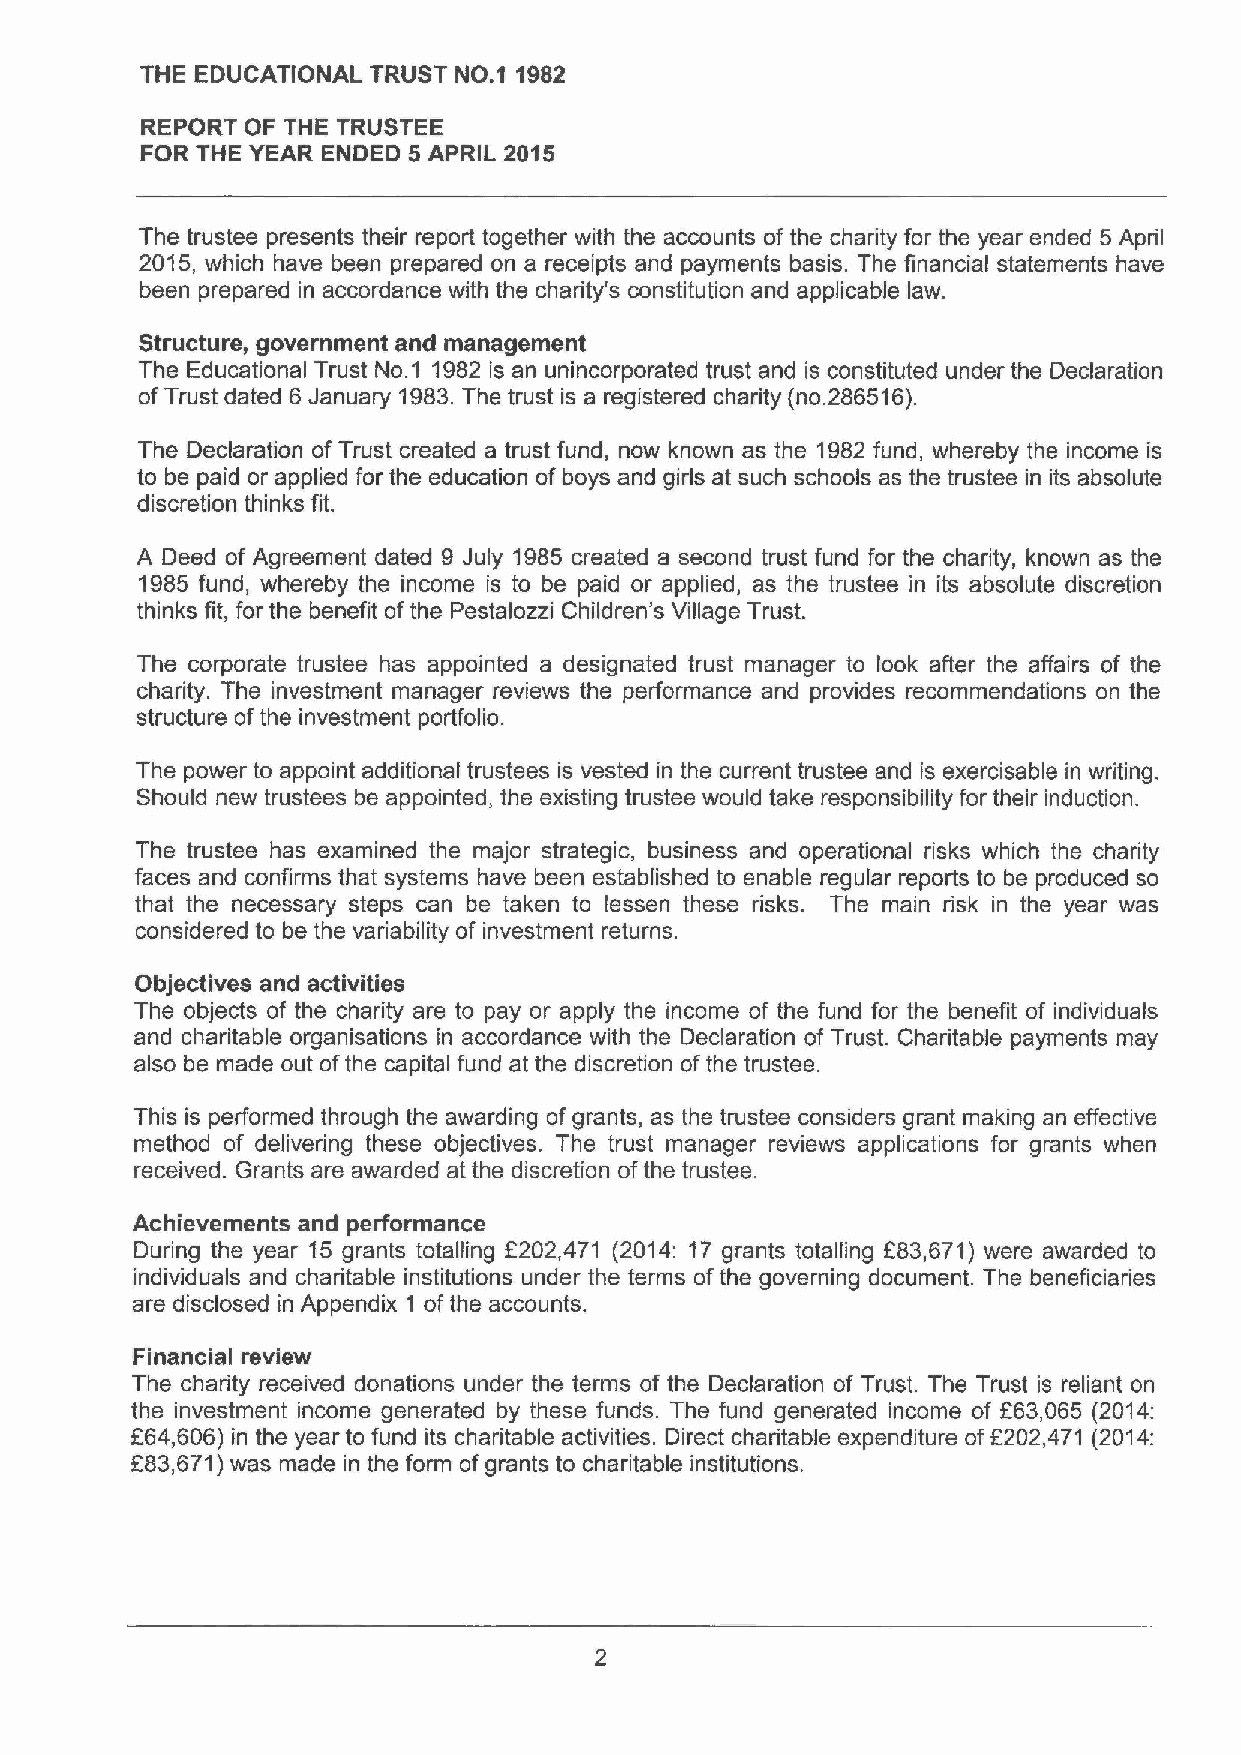
THE EDUCATIONAL TRUST NO.1 1982
 REPORT OF THE TRUSTEE
 FOR THE YEAR ENDED 5 APRIL 2015
 The trustee presents their report together with the accounts of the charity for the year ended 5 April
 2015, which have been prepared on a receipts and payments basis. The financial statements have
 been prepared in accordance with the charity's constitution and applicable law.
 Structure, government and management
 The Educational Trust No.1 1982 is an unincorporated trust and is constituted under the Declaration
 ofTrust dated 6 January 1983.The trust is a registered charity (no.286516).
 The Declaration of Trust created a trust fund, now known as the 1982 fund, whereby the income is
 to be paid or applied for the education of boys and girls at such schools as the trustee in its absolute
 discretion thinks fit.
 A Deed of Agreement dated 9 July 1985 created a second trust fund for the charity, known as the
 1985 fund, whereby the income is to be paid or applied, as the trustee in its absolute discretion
 thinks fit, for the benefit of the Pestalozzi Children's Village Trust.
 The corporate trustee has appointed a designated trust manager to look after the affairs of the
 charity. The investment manager reviews the performance and provides recommendations on the
 structure ofthe investment porffolio.
 The power to appoint additional trustees is vested in the current trustee and is exercisable in writing.
 Should new trustees be appointed, the existing trustee would take responsibility for their induction.
 The trustee has examined the major strategic, business and operational risks which the charity
 faces and confirms that systems have been established to enable regular reports to be produced so
 that the necessary steps can be taken to lessen these risks. The main risk in the year was
 considered to be the variability of investment returns.
 Objectives and activities
 The objects of the charity are to pay or apply the income of the fund for the benefit of individuals
 and charitable organisations in accordance with the Declaration of Trust. Charitable payments may
 also be made out ofthe capital fund at the discretion ofthe trustee.
 This is performed through the awarding of grants, as the trustee considers grant making an effective
 method of delivering these objectives. The trust manager reviews applications for grants when
 received. Grants are awarded at the discretion ofthe trustee.
 Achievements and performance
 During the year 15 grants totalling f202,471 (2014: 17 grants totalling L83,671) were awarded to
 individuals and charitable institutions under the terms ofthe governing document. The beneficiaries
 are disclosed in Appendix 1 ofthe accounts.
 Financial review
 The charity received donations under the terms of the Declaration of Trust. The Trust is reliant on
 the investment income generated by these funds. The fund generated income of 663,065 (2014:
 f64,606) in the year to fund its charitable activities. Direct charitable expenditure of6202,471 (2014:
 883,671)was made in the form ofgrants to charitable institutions.